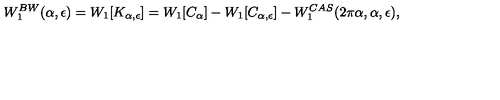
W _ { 1 } ^ { B W } ( \alpha , \epsilon ) = W _ { 1 } [ K _ { \alpha , \epsilon } ] = W _ { 1 } [ C _ { \alpha } ] - W _ { 1 } [ C _ { \alpha , \epsilon } ] - W _ { 1 } ^ { C A S } ( 2 \pi \alpha , \alpha , \epsilon ) ,